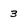
Character: 3